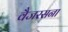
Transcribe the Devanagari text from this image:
वैजरसना